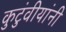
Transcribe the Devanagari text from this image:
कुटुंवीयांनी